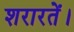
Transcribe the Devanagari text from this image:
शरारतें।